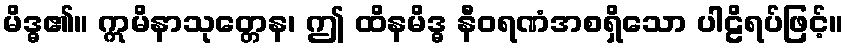
မိဒ္ဓ၏။ ဣမိနာသုတ္တေန၊ ဤ ထိနမိဒ္ဓ နီဝရဏံအစရှိသော ပါဠိရပ်ဖြင့်။